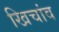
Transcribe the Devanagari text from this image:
खिचांव